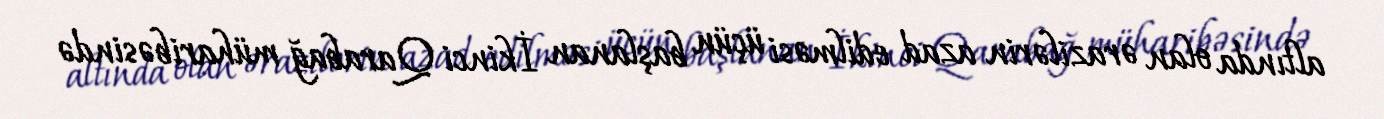
altında olan ərazilərin azad edilməsi üçün başlanan İkinci Qarabağ müharibəsində